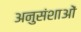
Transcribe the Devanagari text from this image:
अनुसंशाओं